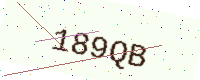
Text: 189QB